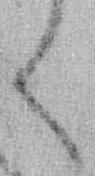
く